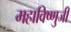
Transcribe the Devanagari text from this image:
महाविष्णुजी